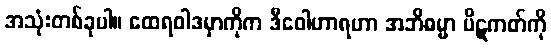
အသုံးတစ်ခုပါ။ ထေရဝါဒမှာကိုက ဒီဝေါဟာရဟာ အဘိဓမ္မာ ပိဋကတ်ကို